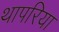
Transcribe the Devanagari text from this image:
थापरिया